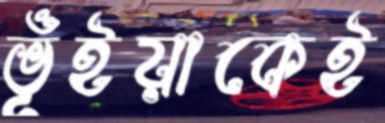
ভূঁইয়াকেই